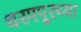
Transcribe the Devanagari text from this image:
धरमपूरच्या